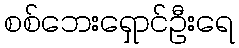
စစ်ဘေးရှောင်ဦးရေ